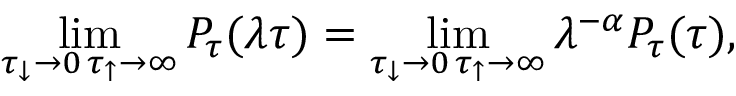
\operatorname* { l i m } _ { \substack { \tau _ { \downarrow } \rightarrow 0 \, \tau _ { \uparrow } \rightarrow \infty } } P _ { \tau } ( \lambda \tau ) = \operatorname* { l i m } _ { \substack { \tau _ { \downarrow } \rightarrow 0 \, \tau _ { \uparrow } \rightarrow \infty } } \lambda ^ { - \alpha } P _ { \tau } ( \tau ) ,